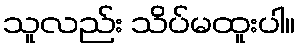
သူလည်း သိပ်မထူးပါ။